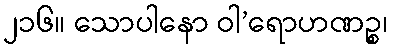
၂၁၆။ သောပါနော ဝါ’ရောဟဏဉ္စ၊